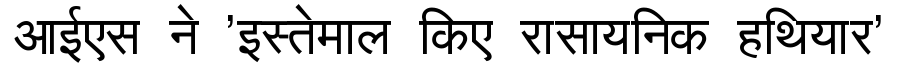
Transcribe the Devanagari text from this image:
आईएस ने 'इस्तेमाल किए रासायनिक हथियार'